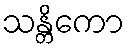
သန္တိကော